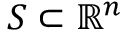
S \subset \mathbb { R } ^ { n }